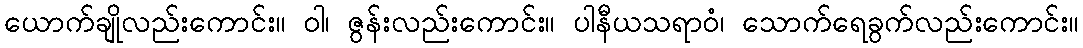
ယောက်ချိုလည်းကောင်း။ ဝါ၊ ဇွန်းလည်းကောင်း။ ပါနီယသရာဝံ၊ သောက်ရေခွက်လည်းကောင်း။